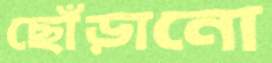
ছোঁড়ানো